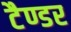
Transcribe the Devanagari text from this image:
टैण्डर